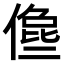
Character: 𠍈